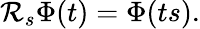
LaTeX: \mathcal{R}_{s}\Phi(t)=\Phi(ts).